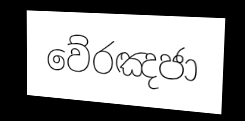
වේරඤජා